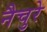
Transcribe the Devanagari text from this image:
नैचुरे